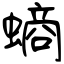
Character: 螪